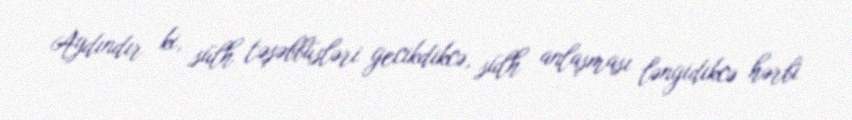
Aydındır ki, sülh təşəbbüsləri gecikdikcə, sülh anlaşması ləngidikcə hərbi